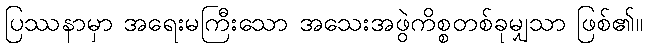
ပြဿနာမှာ အရေးမကြီးသော အသေးအဖွဲကိစ္စတစ်ခုမျှသာ ဖြစ်၏။